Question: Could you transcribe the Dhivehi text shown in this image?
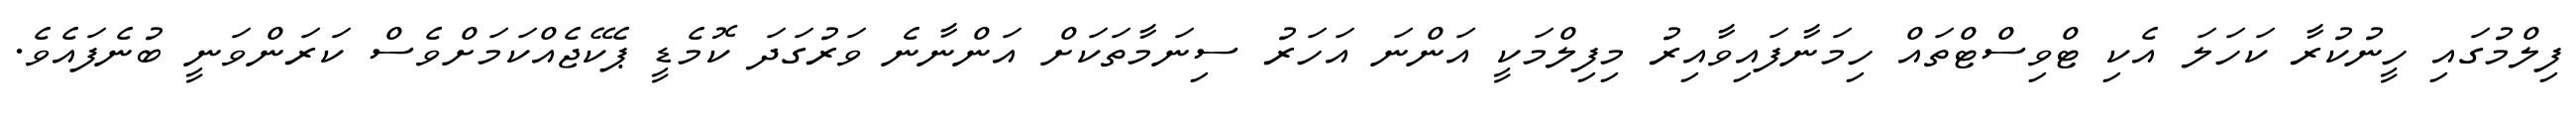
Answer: ފިލްމުގައި ހީނުކުރާ ކަހަލަ އެކި ޓްވިސްޓްތައް ހިމަނާފައިވާއިރު މިފިލްމަކީ އަންނަ އަހަރު ސިނަމާތަކަށް އަންނާނެ ވަރުގަދަ ކޮމެޑީ ޕެކޭޖެއްކަމަށްވެސް ކަރަންވަނީ ބުނެފައެވެ.